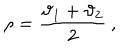
LaTeX: \rho = \displaystyle \frac { \vartheta _ { 1 } + \vartheta _ { 2 } } { 2 } \: ,